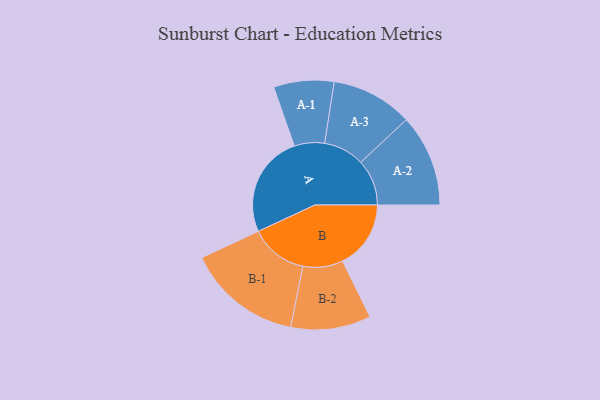
{"axis": {"x": "Segment", "y": "Value"}, "legend": ["", "A", "B"], "data": [{"x": "A", "y": 424, "type": ""}, {"x": "B", "y": 283, "type": ""}, {"x": "A-1", "y": 125, "type": "A"}, {"x": "A-2", "y": 191, "type": "A"}, {"x": "A-3", "y": 169, "type": "A"}, {"x": "B-1", "y": 239, "type": "B"}, {"x": "B-2", "y": 166, "type": "B"}]}